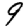
Digit: 9